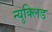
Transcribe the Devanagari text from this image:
न्युक्लिड